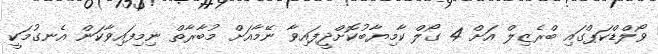
ވޯލްޑްކަޕްގައި ބްރެޒިލް އަށް 4 ގޯލް ކާމިޔާބުކޮށްދީފައިވާ ނޭމާއަށް މުބާރާތް ނިމިފައިވާކަން އެނގުމަކީ